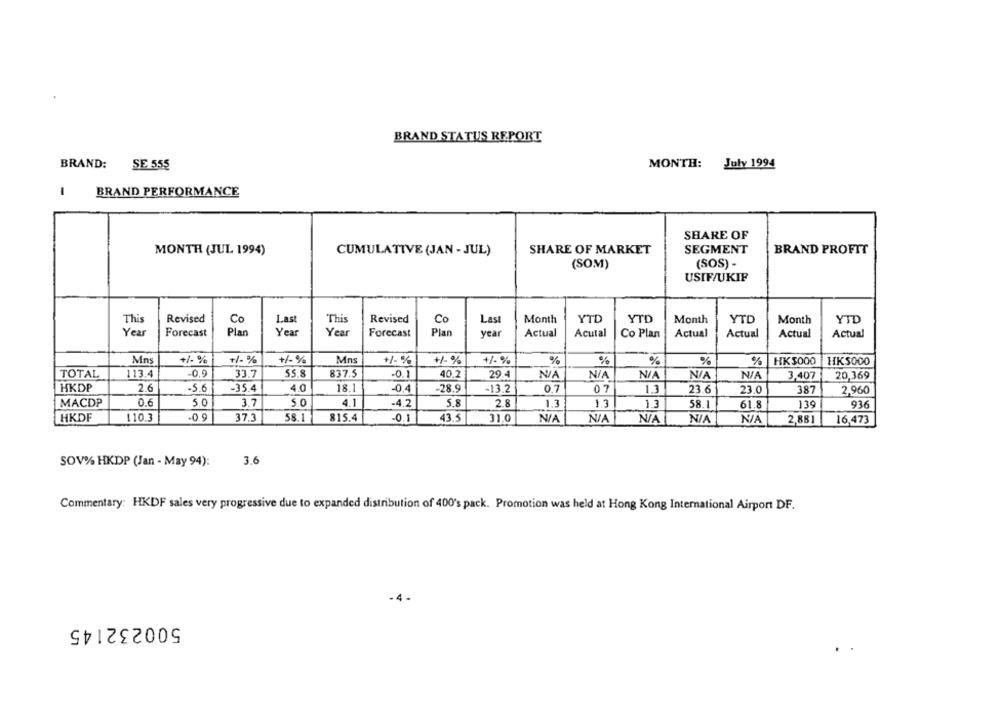
BRAND STATUS REPORT
SE 555
MONTH: July 1994
BRAND:
BRAND PERFORMANCE
SHARE OF
MONTH (JUL 1994)
CUMULATIVE (JAN - JUL)
SHARE OF MARKET
SEGMENT
BRAND PROFIT
(SOM)
(SOS) -
USIF/UKIF
This
Revised
Co
Last
This
Revised
Co
Last
Month
YTD
YTD
Month
YTD
Month
YTD
Year
Forecast
Plan
Year
Year
Forecast
Pla
year
Actual
Acutal
Co Plan
Actual
Actual
Actual
Actual
+/- %
+1 %
+/-%
Mns
+1 %
+/-%
%
%
%
%
%
HKS000
Mns
+1 %
HKS000
TOTAL
113.4
-0.9
55.8
837.5
-0.1
40.2
33.7
29.4
3.407
20,369
HKDP
2.6
-5.6
-35.4
4.0
18.1
-0.4
-28.9
-13.2
0.7
07
13
23.6
23.0
387
2,960
MACDP
0.6
5.0
3.7
5.0
4.1
-4,2
5.8
2.8
1.3
58.1
1.3
1.3
61.8
139
936
HKDF
.09
110.3
37.3
58.1
815.4
-0.1
43.5
31,0
2,881
16,473
3.6
SOV% HKDP (Jan - May 94):
Commentary: HKDF sales very progressive due to expanded distribution of 400's pack. Promotion was held at Hong Kong International Airport DF.
500232145